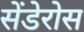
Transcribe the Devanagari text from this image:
सेंडेरोस